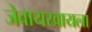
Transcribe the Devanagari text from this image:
जेवायखायला